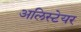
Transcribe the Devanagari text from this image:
अलिस्टेयर